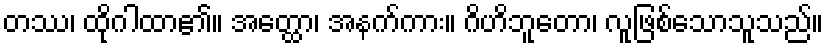
တဿ၊ ထိုဂါထာ၏။ အတ္ထော၊ အနက်ကား။ ဂိဟိဘူတော၊ လူဖြစ်သောသူသည်။